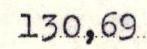
130,96